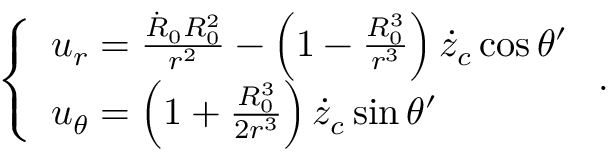
\left\{ \begin{array} { l } { u _ { r } = \frac { \dot { R } _ { 0 } R _ { 0 } ^ { 2 } } { r ^ { 2 } } - \left( 1 - \frac { R _ { 0 } ^ { 3 } } { r ^ { 3 } } \right) \dot { z } _ { c } \cos \theta ^ { \prime } } \\ { u _ { \theta } = \left( 1 + \frac { R _ { 0 } ^ { 3 } } { 2 r ^ { 3 } } \right) \dot { z } _ { c } \sin \theta ^ { \prime } } \end{array} \right. .